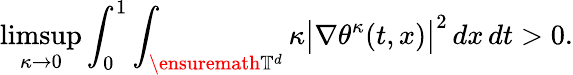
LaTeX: \operatorname*{limsup}_{\kappa\to 0}\int_{0}^{1}\int_{\ensuremath{\mathbb{T}}^{d}}\kappa\bigl|\nabla\theta^{\kappa}(t,x)\bigr|^{2}\, dx\, dt>0.